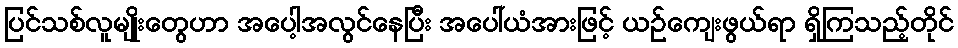
ပြင်သစ်လူမျိုးတွေဟာ အပေါ့အလွင်နေပြီး အပေါ်ယံအားဖြင့် ယဉ်ကျေးဖွယ်ရာ ရှိကြသည့်တိုင်